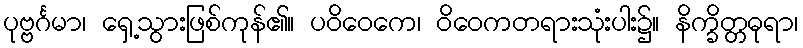
ပုဗ္ဗင်္ဂမာ၊ ရှေ့သွားဖြစ်ကုန်၏။ ပဝိဝေကေ၊ ဝိဝေကတရားသုံးပါး၌။ နိက္ခိတ္တဓုရာ၊